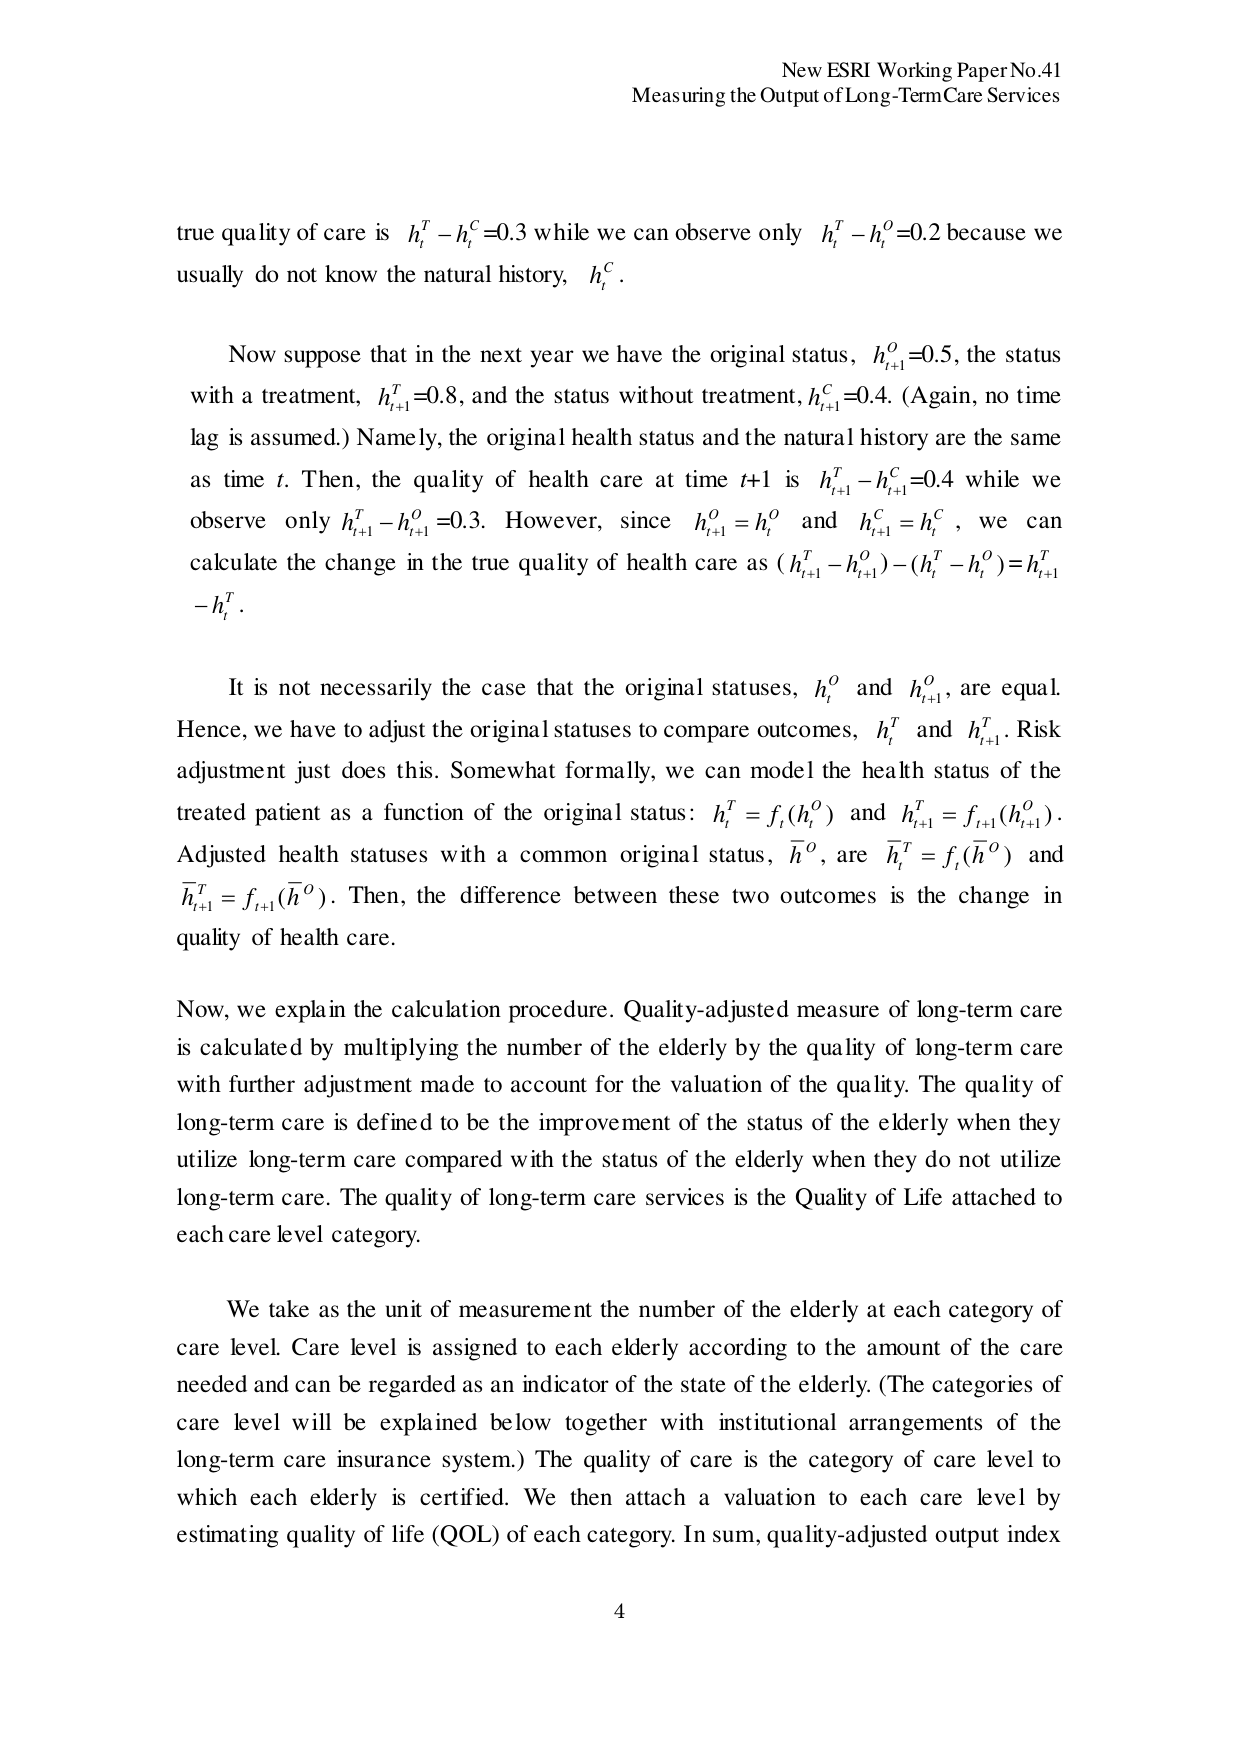
New ESRI Working Paper No.41
Measuring the Output of Long-Term Care Services

true quality of care is  $h_t^T - h_t^C = 0.3$ while we can observe only  $h_t^T - h_t^O = 0.2$ because we usually do not know the natural history,  $h_t^C$.

Now suppose that in the next year we have the original status,  $h_{t+1}^O = 0.5$, the status with a treatment,  $h_{t+1}^T = 0.8$, and the status without treatment,  $h_{t+1}^C = 0.4$. (Again, no time lag is assumed.) Namely, the original health status and the natural history are the same as time $t$. Then, the quality of health care at time $t+1$ is  $h_{t+1}^T - h_{t+1}^C = 0.4$ while we observe only  $h_{t+1}^T - h_{t+1}^O = 0.3$. However, since  $h_{t+1}^O = h_t^O$ and  $h_{t+1}^C = h_t^C$, we can calculate the change in the true quality of health care as  $(h_{t+1}^T - h_{t+1}^O) - (h_t^T - h_t^O) = h_{t+1}^T - h_t^T$.

It is not necessarily the case that the original statuses,  $h_t^O$ and  $h_{t+1}^O$, are equal. Hence, we have to adjust the original statuses to compare outcomes,  $h_t^T$ and  $h_{t+1}^T$. Risk adjustment just does this. Somewhat formally, we can model the health status of the treated patient as a function of the original status:  $h_t^T = f_t(h_t^O)$ and  $h_{t+1}^T = f_{t+1}(h_{t+1}^O)$. Adjusted health statuses with a common original status,  $\bar{h}^O$, are  $\bar{h}_t^T = f_t(\bar{h}^O)$ and  $\bar{h}_{t+1}^T = f_{t+1}(\bar{h}^O)$. Then, the difference between these two outcomes is the change in quality of health care.

Now, we explain the calculation procedure. Quality-adjusted measure of long-term care is calculated by multiplying the number of the elderly by the quality of long-term care with further adjustment made to account for the valuation of the quality. The quality of long-term care is defined to be the improvement of the status of the elderly when they utilize long-term care compared with the status of the elderly when they do not utilize long-term care. The quality of long-term care services is the Quality of Life attached to each care level category.

We take as the unit of measurement the number of the elderly at each category of care level. Care level is assigned to each elderly according to the amount of the care needed and can be regarded as an indicator of the state of the elderly. (The categories of care level will be explained below together with institutional arrangements of the long-term care insurance system.) The quality of care is the category of care level to which each elderly is certified. We then attach a valuation to each care level by estimating quality of life (QOL) of each category. In sum, quality-adjusted output index

4